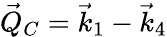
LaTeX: \vec{Q}_{C}=\vec{k}_{1}-\vec{k}_{4}